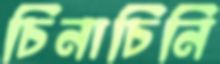
চিনাচিনি